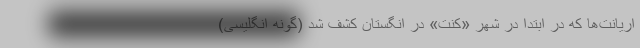
اریانت‌ها که در ابتدا در شهر «کنت» در انگستان کشف شد (گونه انگلیسی)